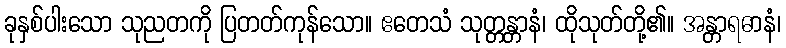
ခုနှစ်ပါးသော သုညတကို ပြတတ်ကုန်သော။ ဧတေသံ သုတ္တန္တာနံ၊ ထိုသုတ်တို့၏။ အန္တာရဓာနံ၊